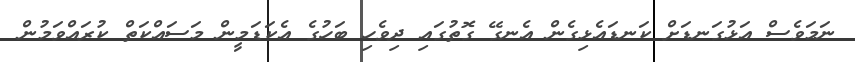
ނަމަވެސް އަޅުގަނޑަށް ކަނޑައެޅިގެން އެނގޭ ގޮތުގައި ދިވެހި ބަހުގެ އެކަޑަމީން މަސައްކަތް ކުރައްވަމުން